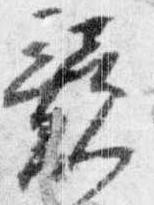
競